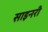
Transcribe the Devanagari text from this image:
साइनरी